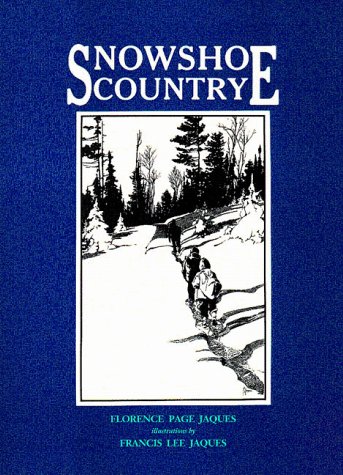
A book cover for Snowshoe Country (Borealis Books); Florence Page Jaques; Travel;